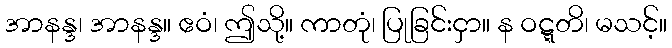
အာနန္ဒ၊ အာနန္ဒ။ ဧဝံ၊ ဤသို့။ ကာတုံ၊ ပြုခြင်းငှာ။ န ဝဋ္ဋတိ၊ မသင့်။